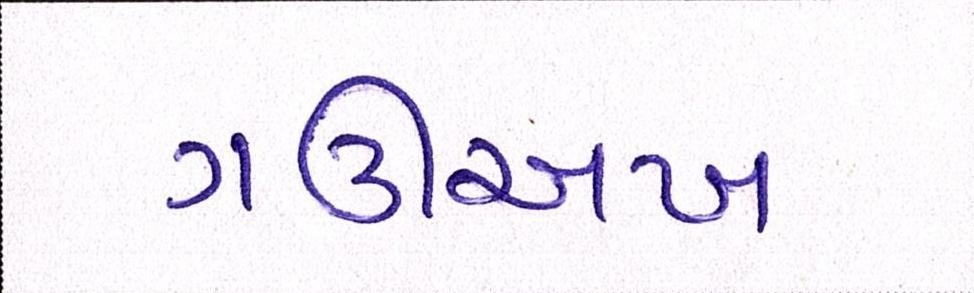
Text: ગઊઅખ